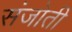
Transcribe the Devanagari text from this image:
संजोती